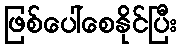
ဖြစ်ပေါ်စေနိုင်ပြီး